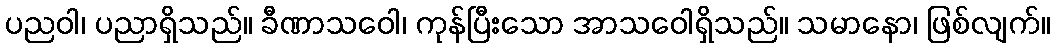
ပညဝါ၊ ပညာရှိသည်။ ခီဏာသဝေါ၊ ကုန်ပြီးသော အာသဝေါရှိသည်။ သမာနော၊ ဖြစ်လျက်။